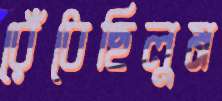
রেঁধেছিলুম